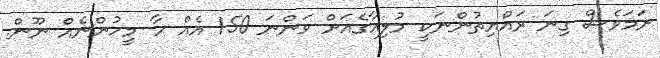
ނަމަވެސް ގިނަ ރައްޔިތުންނަކީ މުލިއާގެއަށް ވަންނަ 150 އެއް ހާ މީހުންނެއް ނޫން.